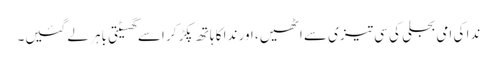
ندا کی امی بجلی کی سی تیزی سے اٹھیں، اور ندا کا ہاتھ پکڑ کر اسے گھسیٹتی باہر لے گئیں۔